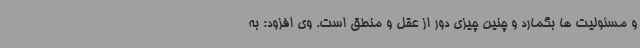
و مسئولیت ها بگمارد و چنین چیزی دور از عقل و منطق است. وی افزود: به